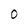
Character: 0